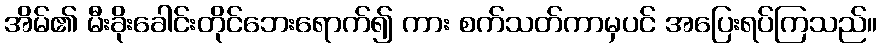
အိမ်၏ မီးခိုးခေါင်းတိုင်ဘေးရောက်၍ ကား စက်သတ်ကာမှပင် အပြေးရပ်ကြသည်။